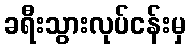
ခရီးသွားလုပ်ငန်းမှ